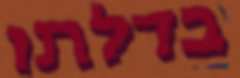
בדלתו